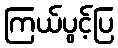
ကြယ်ပွင့်ပြ